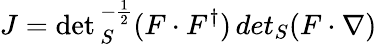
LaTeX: J=\operatorname*{det}{}_{S}^{-{\frac{1}{2}}}(F\cdot F^{\dagger})\, det{}_{S}(F\cdot\nabla)